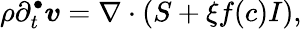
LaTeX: \rho\partial_{t}^{\bullet}\boldsymbol{v}=\nabla\cdot(S+\xi f(c)I),